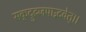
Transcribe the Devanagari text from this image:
सकृद्रुद्रजपाद्भवेत्।।